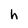
Character: h